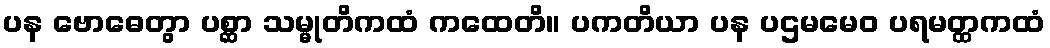
ပန ဗောဓေတွာ ပစ္ဆာ သမ္မုတိကထံ ကထေတိ။ ပကတိယာ ပန ပဌမမေဝ ပရမတ္ထကထံ